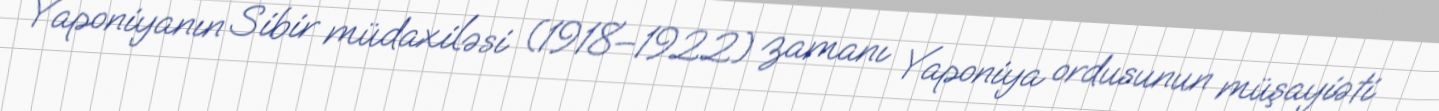
Yaponiyanın Sibir müdaxiləsi (1918–1922) zamanı Yaponiya ordusunun müşayiəti